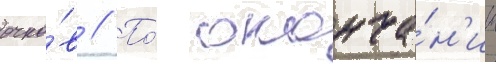
очко́в // По́ оконча́н'ии